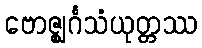
ဗောဇ္ဈင်္ဂသံယုတ္တဿ